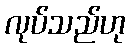
လုပ်သည်ဟု